Lunatic asylums Madras 1877-1891 - 1877-1891
Year: 1877
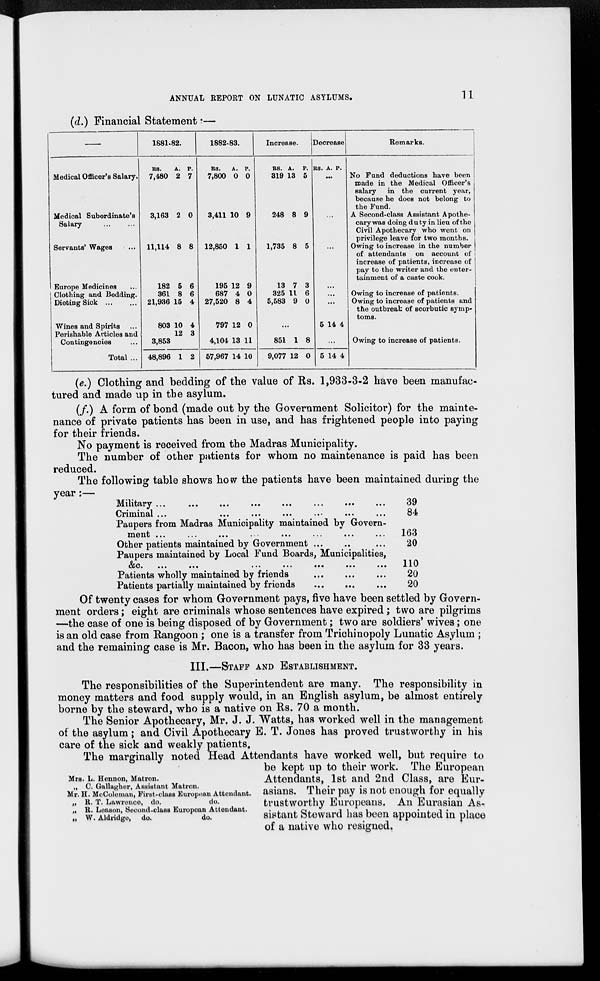
11
ANNUAL REPORT ON LUNATIC ASYLUMS.
(d.) Financial Statement —
—
Medical Officer's Salary.
Medical Subordinate's
Salary ... ...
Servants' Wages ...
Europe Medicines ...
Clothing and Bedding.
Dieting Sick
...
...
Wines and Spirits ...
Perishable Articles and
Contingencies ...
Total ...
1881-82.
Rs.
7,480
3,163
11,114
182
361
21,936
803
3,853
48,896
A.
2
2
8
5
8
15
10
12
1
P.
7
0
8
6
6
4
4
3
2
1882-83.
Rs.
7,800
3,411
12,850
195
687
27,520
797
4,104
57,967
A.
0
10
1
12
4
8
12
13
14
P.
0
9
1
9
0
4
0
11
10
Increase.
Rs.
319
248
1,735
13
325
5,583
A.
13
8
8
7
11
9
P.
5
9
5
3
6
0
...
851
9,077
1
12
8
0
Decrease
Rs. A. P.
...
...
...
...
...
...
5 14 4
...
5 14 4
Remarks.
No Fund deductions have been
made in the Medical Officer's
salary in the current year,
because he does not belong to
the Fund.
A Second-class Assistant Apothe-
cary was doing duty in lieu of the
Civil Apothecary who went on
privilege leave for two months.
Owing to increase in the number
of attendants on account of
increase of patients, increase of
pay to the writer and the enter-
tainment of a caste cook.
Owing to increase of patients.
Owing to increase of patients and
the outbreak of scorbutic symp-
toms.
Owing to increase of patients.
(e.) Clothing and bedding of the value of Rs. 1,933-3-2 have been manufac-
tured and made up in the asylum.
(f.) A form of bond (made out by the Government Solicitor) for the mainte-
nance of private patients has been in use, and has frightened people into paying
for their friends.
No payment is received from the Madras Municipality.
The number of other patients for whom no maintenance is paid has been
reduced.
The following table shows how the patients have been maintained during the
year:—
Military
...
...
...
...
...
...
...
...
Criminal ... ... ... ... ... ... ...
Paupers from Madras Municipality maintained by Govern-
ment
...
...
...
...
...
...
...
...
Other patients maintained by Government ...
Paupers maintained by Local Fund Boards, Municipalities,
&c. ... ... ... ... ... ... ...
Patients wholly maintained by friends ... ... ...
Patients partially maintained by friends ... ... ...
39
84
163
20
110
20
20
Of twenty cases for whom Government pays, five have been settled by Govern-
ment orders; eight are criminals whose sentences have expired; two are pilgrims
—the case of one is being disposed of by Government; two are soldiers' wives; one
is an old case from Rangoon ; one is a transfer from Trichinopoly Lunatic Asylum;
and the remaining case is Mr. Bacon, who has been in the asylum for 33 years.
III.—STAFF AND ESTABLISHMENT.
The responsibilities of the Superintendent are many. The responsibility in
money matters and food supply would, in an English asylum, be almost entirely
borne by the steward, who is a native on Rs. 70 a month.
The Senior Apothecary, Mr. J. J. Watts, has worked well in the management
of the asylum; and Civil Apothecary E. T. Jones has proved trustworthy in his
care of the sick and weakly patients.
Mrs. L. Hennon, Matron.
„ C. Gallagher, Assistant Matron.
Mr. H. McColeman, First-class European Attendant.
„ R. T. Lawrence, do.
do.
„ R. Leason, Second-class European Attendant.
„ W. Aldridge, do.
do.
The marginally noted Head Attendants have worked well, but require to
be kept up to their work. The European
Attendants, 1st and 2nd Class, are Eur-
asians. Their pay is not enough for equally
trustworthy Europeans. An Eurasian As-
sistant Steward has been appointed in place
of a native who resigned.